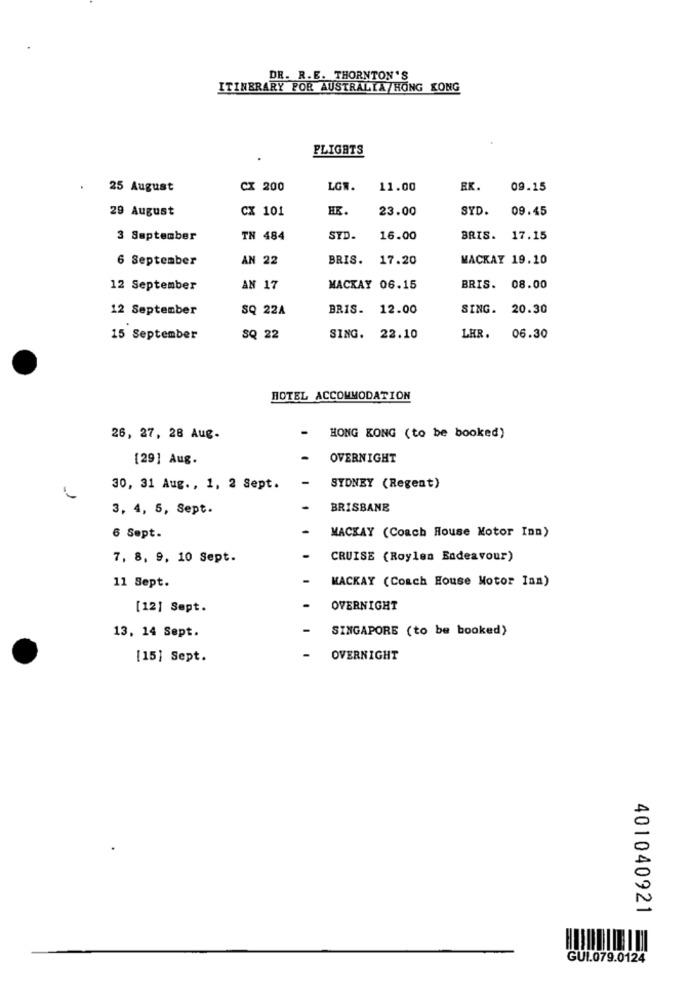
DR. R.E. THORNTON'S
ITINERARY POR AUSTRALIA HONG KONG
FLIGHTS
25 August
CX 200
LGW.
11.00
RK.
09.15
29 August
CX 101
HE
23.00
SYD.
09.45
3 September
TH 484
SYD.
16.00
BRIS. 17.15
6 September
AN 22
BRIS. 17.20
MACKAY 19.10
12 September
AN 17
MACKAY 06.15
BRIS. 08.00
12 September
SQ 22A
BRIS. 12.00
SING. 20.30
15 September
SQ 22
SING. 22.10
LHR. 06.30
HOTEL ACCOMMODATION
-
26, 27, 28 Aug.
HONG KONG (to be booked)
[29] Aug.
OVERNIGHT
30, 31 Aug ., 1, 2 Sept.
SYDNEY (Regent)
3, 4, 5, Sept.
BRISBANE
6 Sept.
MACKAY (Coach House Motor Inn)
7, 8, 9, 10 Sept.
CRUISE (Roylen Badeavour)
11 Sept.
MACKAY (Coach House Motor Inn)
[12] Sept.
OVERNIGHT
13, 14 Sept.
SINGAPORE (to be booked)
[15] Sept.
OVERNIGHT
401040921
GUI.079.0124